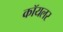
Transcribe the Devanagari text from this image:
कॉयलर